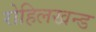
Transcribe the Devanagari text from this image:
रोहिलखन्ड